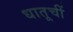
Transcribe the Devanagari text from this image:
धातूचीं